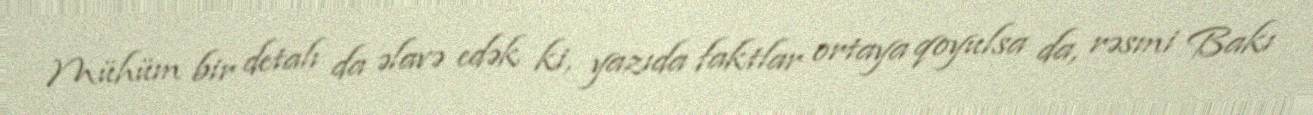
Mühüm bir detalı da əlavə edək ki, yazıda faktlar ortaya qoyulsa da, rəsmi Bakı